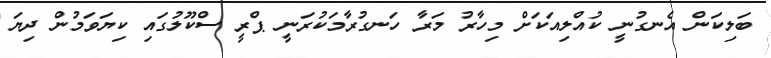
ބަލިކަން އެނގުނީ ކުއްލިއަކަށް މިހާރު މަރާ ހަނގުރާމަކުރަނީ ޕްރީ ސްކޫލުގައި ކިޔަވަމުން ދިޔަ